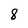
Character: 8